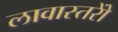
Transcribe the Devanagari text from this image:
लावास्तरोें